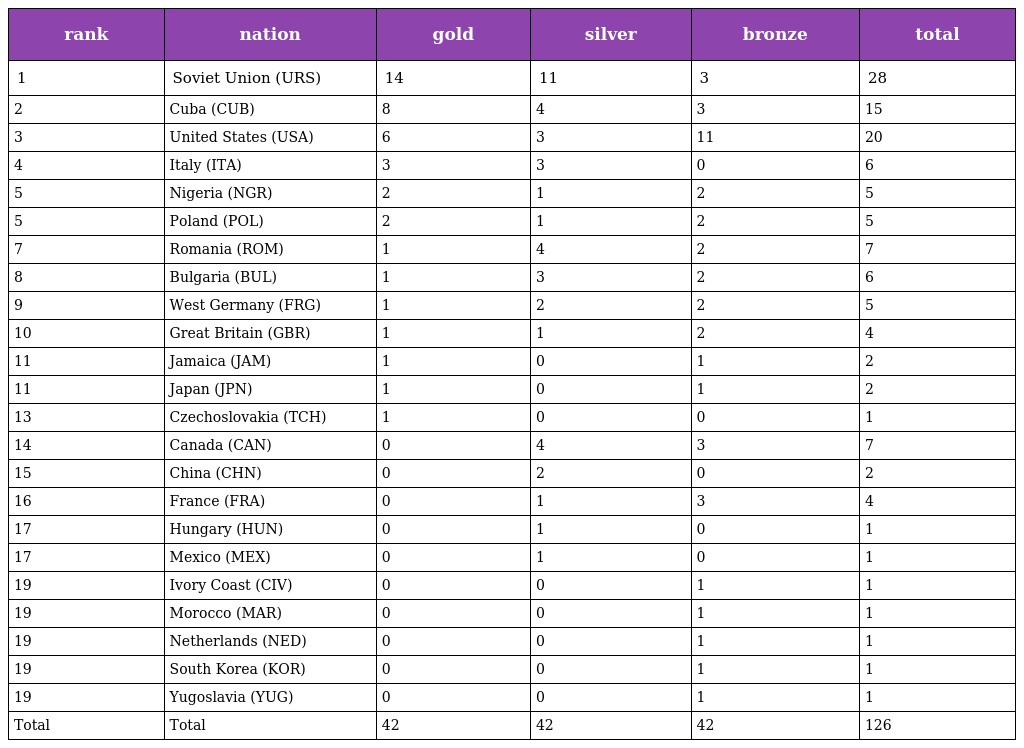
| rank | nation | gold | silver | bronze | total |
 | --- | --- | --- | --- | --- | --- |
 | 1 | Soviet Union (URS) | 14 | 11 | 3 | 28 |
 | 2 | Cuba (CUB) | 8 | 4 | 3 | 15 |
 | 3 | United States (USA) | 6 | 3 | 11 | 20 |
 | 4 | Italy (ITA) | 3 | 3 | 0 | 6 |
 | 5 | Nigeria (NGR) | 2 | 1 | 2 | 5 |
 | 5 | Poland (POL) | 2 | 1 | 2 | 5 |
 | 7 | Romania (ROM) | 1 | 4 | 2 | 7 |
 | 8 | Bulgaria (BUL) | 1 | 3 | 2 | 6 |
 | 9 | West Germany (FRG) | 1 | 2 | 2 | 5 |
 | 10 | Great Britain (GBR) | 1 | 1 | 2 | 4 |
 | 11 | Jamaica (JAM) | 1 | 0 | 1 | 2 |
 | 11 | Japan (JPN) | 1 | 0 | 1 | 2 |
 | 13 | Czechoslovakia (TCH) | 1 | 0 | 0 | 1 |
 | 14 | Canada (CAN) | 0 | 4 | 3 | 7 |
 | 15 | China (CHN) | 0 | 2 | 0 | 2 |
 | 16 | France (FRA) | 0 | 1 | 3 | 4 |
 | 17 | Hungary (HUN) | 0 | 1 | 0 | 1 |
 | 17 | Mexico (MEX) | 0 | 1 | 0 | 1 |
 | 19 | Ivory Coast (CIV) | 0 | 0 | 1 | 1 |
 | 19 | Morocco (MAR) | 0 | 0 | 1 | 1 |
 | 19 | Netherlands (NED) | 0 | 0 | 1 | 1 |
 | 19 | South Korea (KOR) | 0 | 0 | 1 | 1 |
 | 19 | Yugoslavia (YUG) | 0 | 0 | 1 | 1 |
 | Total | Total | 42 | 42 | 42 | 126 |